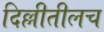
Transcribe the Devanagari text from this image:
दिल्लीतीलच